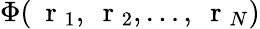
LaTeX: \Phi(\mathrm{~\mathbf~r~}_{1},\mathrm{~\mathbf~r~}_{2},\dots,\mathrm{~\mathbf~r~}_{N})